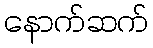
နောက်ဆက်